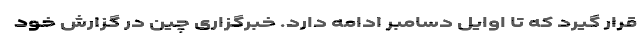
قرار گیرد که تا اوایل دسامبر ادامه دارد. خبرگزاری چین در گزارش خود